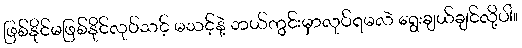
ဖြစ်နိုင်မဖြစ်နိုင်လုပ်သင့် မသင့်နဲ့ ဘယ်ကွင်းမှာလုပ်ရမလဲ ရွေးချယ်ချင်လို့ပါ။